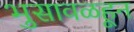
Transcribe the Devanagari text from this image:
भुसावळहून